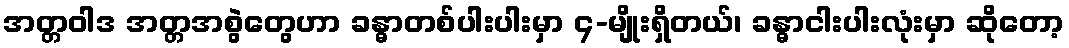
အတ္တဝါဒ အတ္တအစွဲတွေဟာ ခန္ဓာတစ်ပါးပါးမှာ ၄-မျိုးရှိတယ်၊ ခန္ဓာငါးပါးလုံးမှာ ဆိုတော့